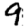
Digit: 9